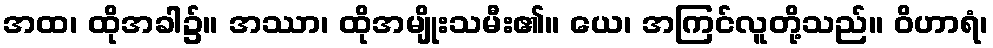
အထ၊ ထိုအခါ၌။ အဿာ၊ ထိုအမျိုးသမီး၏။ ယေ၊ အကြင်လူတို့သည်။ ဝိဟာရံ၊